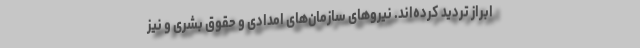
ابراز تردید کرده‌اند. نیروهای سازمان‌های امدادی و حقوق بشری و نیز